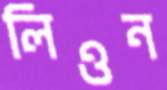
লিওন